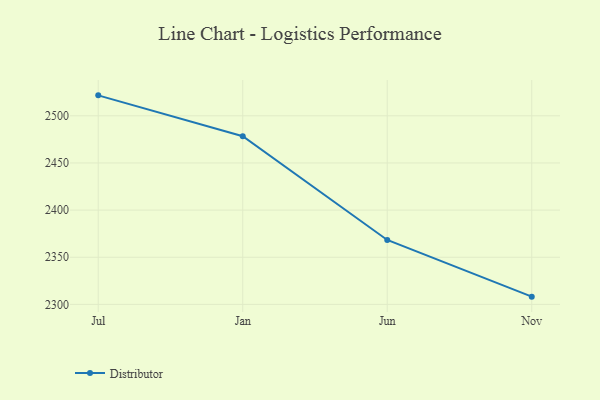
{"axis": {"x": "Month", "y": "Bounce Rate (%)"}, "legend": ["Distributor"], "data": [{"x": "Jul", "y": 2521.7, "type": "Distributor"}, {"x": "Jan", "y": 2478.4, "type": "Distributor"}, {"x": "Jun", "y": 2368.3, "type": "Distributor"}, {"x": "Nov", "y": 2308.2, "type": "Distributor"}]}